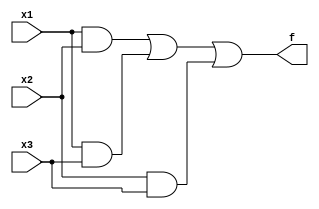
module majority3 (x1,x2,x3,f);
	input x1,x2,x3;
	output f;
	assign f = (x1&x2)|(x1&x3)|(x2&x3);
endmodule